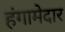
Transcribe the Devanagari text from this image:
हंगामेदार